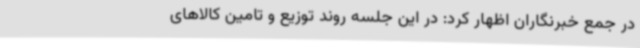
در جمع خبرنگاران اظهار کرد: در این جلسه روند توزیع و تامین کالاهای